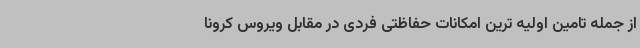
از جمله تامین اولیه ترین امکانات حفاظتی فردی در مقابل ویروس کرونا